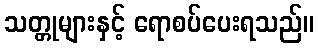
သတ္တုများနှင့် ရောစပ်ပေးရသည်။